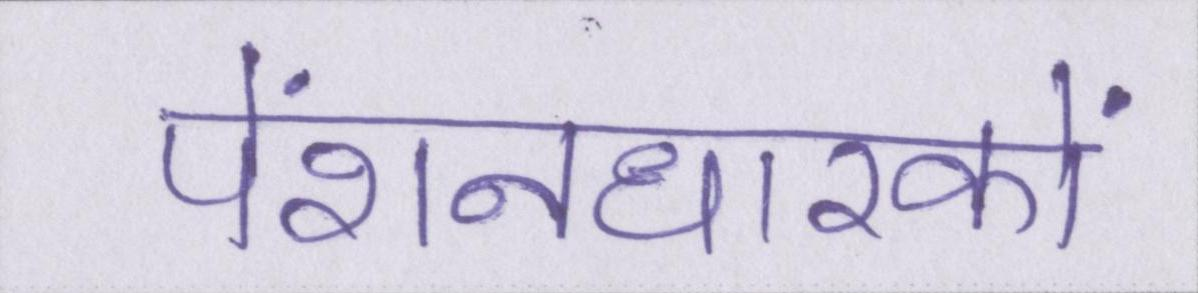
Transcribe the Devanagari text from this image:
पेंशनधारकों